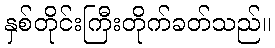
နှစ်တိုင်းကြီးတိုက်ခတ်သည်။